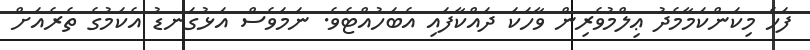
ފަހެ މިކަންކަމާމެދު ޢިލްމުވެރިން ވާހަކަ ދައްކާފައި އެބަހުއްޓެވެ. ނަމަވެސް އަޅުގަނޑު އެކަމުގެ ތެރެއަށް